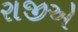
રાજીએ